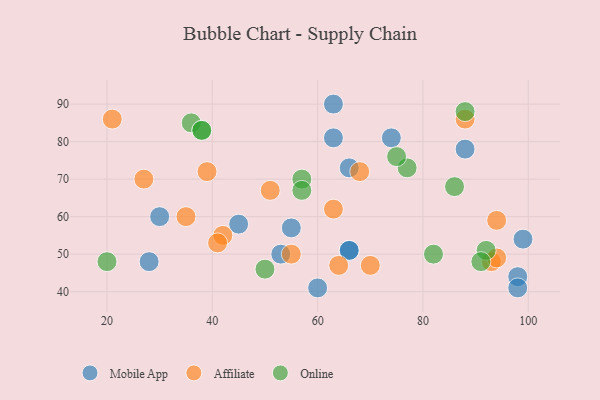
{"axis": {"x": "GDP", "y": "Life Expectancy"}, "legend": ["Affiliate", "Mobile App", "Online"], "data": [{"x": "98", "y": 44, "type": "Mobile App"}, {"x": "60", "y": 41, "type": "Mobile App"}, {"x": "88", "y": 78, "type": "Mobile App"}, {"x": "66", "y": 51, "type": "Mobile App"}, {"x": "98", "y": 41, "type": "Mobile App"}, {"x": "30", "y": 60, "type": "Mobile App"}, {"x": "99", "y": 54, "type": "Mobile App"}, {"x": "45", "y": 58, "type": "Mobile App"}, {"x": "53", "y": 50, "type": "Mobile App"}, {"x": "28", "y": 48, "type": "Mobile App"}, {"x": "74", "y": 81, "type": "Mobile App"}, {"x": "66", "y": 51, "type": "Mobile App"}, {"x": "66", "y": 73, "type": "Mobile App"}, {"x": "55", "y": 57, "type": "Mobile App"}, {"x": "63", "y": 90, "type": "Mobile App"}, {"x": "63", "y": 81, "type": "Mobile App"}, {"x": "21", "y": 86, "type": "Affiliate"}, {"x": "70", "y": 47, "type": "Affiliate"}, {"x": "68", "y": 72, "type": "Affiliate"}, {"x": "88", "y": 86, "type": "Affiliate"}, {"x": "55", "y": 50, "type": "Affiliate"}, {"x": "64", "y": 47, "type": "Affiliate"}, {"x": "39", "y": 72, "type": "Affiliate"}, {"x": "94", "y": 59, "type": "Affiliate"}, {"x": "27", "y": 70, "type": "Affiliate"}, {"x": "93", "y": 48, "type": "Affiliate"}, {"x": "51", "y": 67, "type": "Affiliate"}, {"x": "94", "y": 49, "type": "Affiliate"}, {"x": "35", "y": 60, "type": "Affiliate"}, {"x": "42", "y": 55, "type": "Affiliate"}, {"x": "63", "y": 62, "type": "Affiliate"}, {"x": "41", "y": 53, "type": "Affiliate"}, {"x": "36", "y": 85, "type": "Online"}, {"x": "50", "y": 46, "type": "Online"}, {"x": "38", "y": 83, "type": "Online"}, {"x": "38", "y": 83, "type": "Online"}, {"x": "77", "y": 73, "type": "Online"}, {"x": "82", "y": 50, "type": "Online"}, {"x": "75", "y": 76, "type": "Online"}, {"x": "57", "y": 70, "type": "Online"}, {"x": "92", "y": 51, "type": "Online"}, {"x": "86", "y": 68, "type": "Online"}, {"x": "57", "y": 67, "type": "Online"}, {"x": "91", "y": 48, "type": "Online"}, {"x": "20", "y": 48, "type": "Online"}, {"x": "88", "y": 88, "type": "Online"}]}